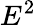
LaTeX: E^{2}